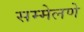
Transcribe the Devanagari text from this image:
सम्मेलणे